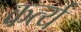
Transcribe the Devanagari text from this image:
कर्त्य